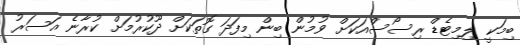
ބިމަކީ ލިމިޓެޑް ރިސޯސްއަކަށް ވުމުން ބިން މިފަދަ ގޮތަކަށް ދޫކުރުމަށް ކުރާނެ އަސަރު